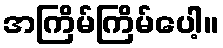
အကြိမ်ကြိမ်ပေါ့။